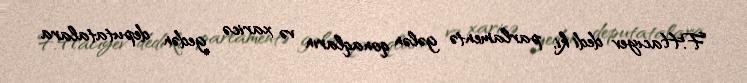
F.Hacıyev dedi ki, parlamentə gələn qonaqların və xaricə gedən deputatalara